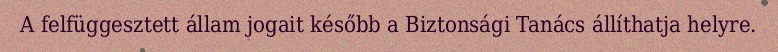
A felfüggesztett állam jogait később a Biztonsági Tanács állíthatja helyre.